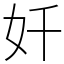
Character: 奷